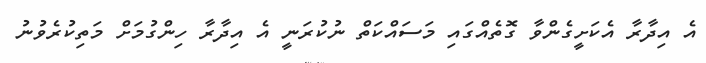
އެ އިދާރާ އެކަށީގެންވާ ގޮތެއްގައި މަސައްކަތް ނުކުރަނީ އެ އިދާރާ ހިންގުމަށް މަތިކުރެވުނު